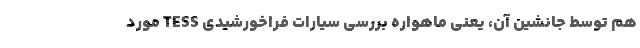
هم توسط جانشین آن، یعنی ماهواره بررسی سیارات فراخورشیدی TESS مورد